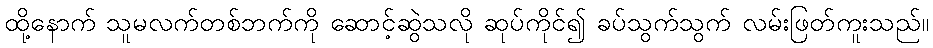
ထို့နောက် သူမလက်တစ်ဘက်ကို ဆောင့်ဆွဲသလို ဆုပ်ကိုင်၍ ခပ်သွက်သွက် လမ်းဖြတ်ကူးသည်။